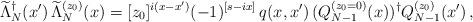
LaTeX: \begin{align*}\widetilde \Lambda_{N}^\dagger(x')\, \widetilde \Lambda_{N}^{(z_0)}(x)=[z_0]^{i(x-x')} (-1)^{[s-ix] } \,q(x,x')\, (Q^{(z_0=0)}_{N-1}(x))^\dagger Q^{(z_0)}_{N-1}(x')\,,\end{align*}